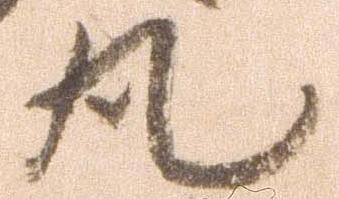
丸